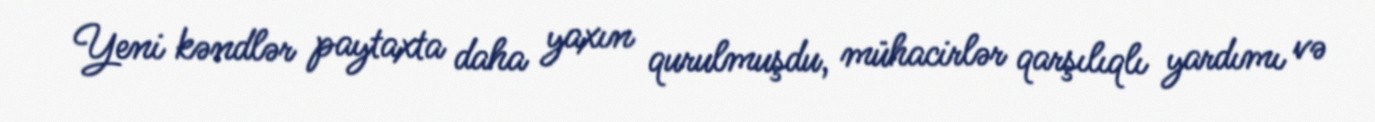
Yeni kəndlər paytaxta daha yaxın qurulmuşdu, mühacirlər qarşılıqlı yardımı və